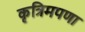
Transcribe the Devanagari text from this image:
कृत्रिमपणा